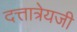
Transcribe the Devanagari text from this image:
दत्तात्रेयजी